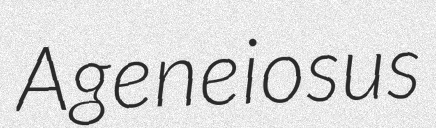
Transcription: Ageneiosus